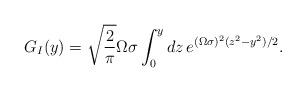
LaTeX: \begin{align*}G_I(y)=\sqrt{2\over\pi}\Omega\sigma\int_0^y dz\,e^{(\Omega\sigma)^2(z^2-y^2)/2}.\end{align*}